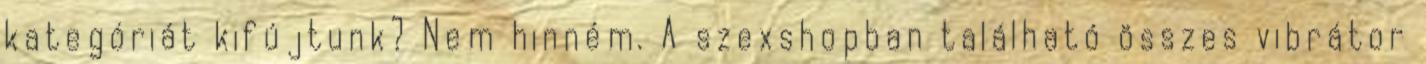
kategóriát kifújtunk? Nem hinném. A szexshopban található összes vibrátor